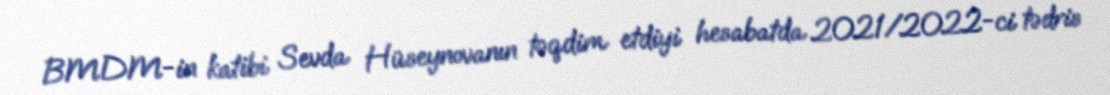
BMDM-in katibi Sevda Hüseynovanın təqdim etdiyi hesabatda 2021/2022-ci tədris